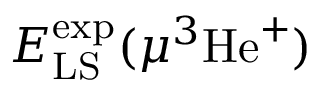
E _ { \mathrm { L S } } ^ { \mathrm { e x p } } ( \mu ^ { 3 } \mathrm { H e } ^ { + } )